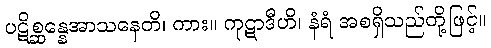
ပဋိစ္ဆန္နေအာသနေတိ၊ ကား။ ကုဋာဒီဟိ၊ နံရံ အစရှိသည်တို့ဖြင့်။